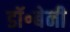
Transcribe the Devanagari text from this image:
डॉ॰बेनी